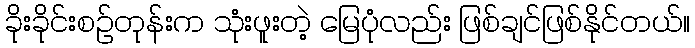
ခိုးခိုင်းစဉ်တုန်းက သုံးဖူးတဲ့ မြေပုံလည်း ဖြစ်ချင်ဖြစ်နိုင်တယ်။